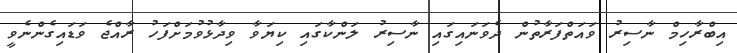
އިބްރާހިމް ނާސިރު ވައަތްފަރާތުން ދެވަނައިގައި ނާސިރު ލަންކާގައި ކިޔަވާ ވިދާޅުވުމަށްފަހު ރާއްޖެ ވަޑައިގެންނެވީ